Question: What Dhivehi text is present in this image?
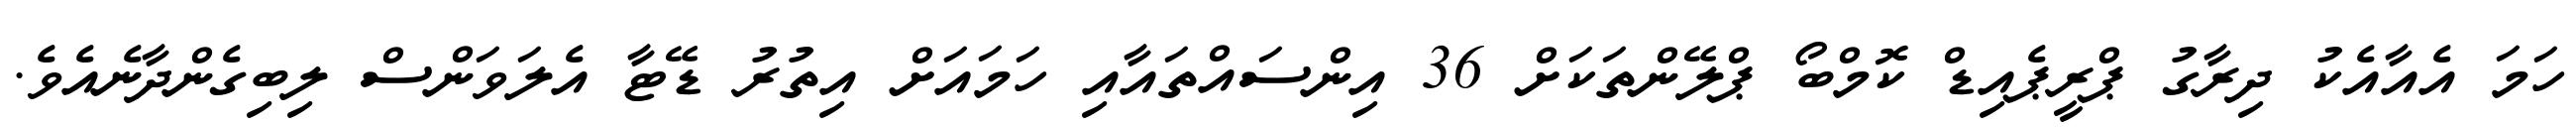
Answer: ހަމަ އެއާއެކު ދިރާގު ޕްރީޕެއިޑް ކޮމްބޯ ޕްލޭންތަކަށް 36 އިންސައްތައާއި ހަމައަށް އިތުރު ޑޭޓާ އެލަވަންސް ލިބިގެންދާނެއެވެ.